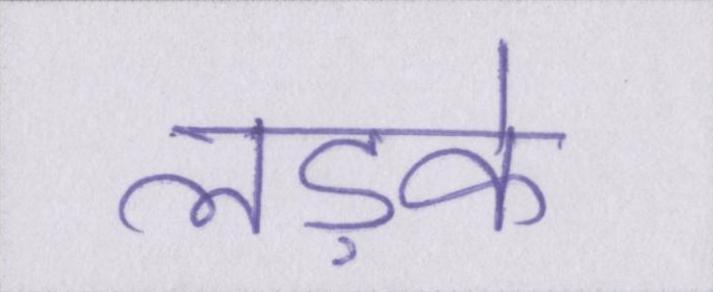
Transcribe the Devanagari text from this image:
लड़के